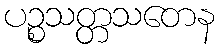
ပဉ္စသတ္တသတေန